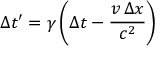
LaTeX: \Delta t ^ { \prime } = \gamma \left( \Delta t - { \frac { v \, \Delta x } { c ^ { 2 } } } \right)